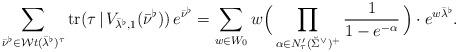
LaTeX: \begin{align*} \sum_{\bar{\nu}^\flat \in {\mathcal Wt}(\bar{\lambda}^\flat)^\tau} {\rm tr}(\tau \, | \, V_{\bar{\lambda}^\flat, 1}(\bar{\nu}^\flat)) \, e^{\bar{\nu}^\flat}= \sum_{w \in W_0} w \Big( \prod_{\alpha \in N'_\tau(\breve{\Sigma}^\vee)^+}\frac{1}{1 - e^{-\alpha}} \, \Big) \cdot e^{w\bar{\lambda}^\flat}.\end{align*}